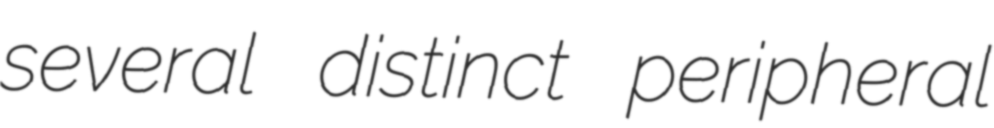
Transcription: several distinct peripheral